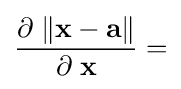
{\frac {\partial \;\|\mathbf {x} -\mathbf {a} \|}{\partial \;\mathbf {x} }}=